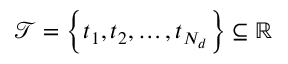
\mathcal { T } = \left\{ t _ { 1 } , t _ { 2 } , \dotsc , t _ { N _ { d } } \right\} \subseteq \mathbb { R }